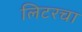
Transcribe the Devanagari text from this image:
लिटरचा